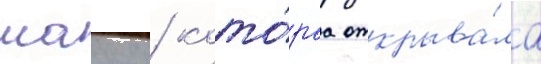
маику / кото́раа открыва́ла